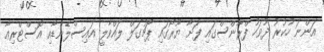
އަންނަ ހުކުރު ދުވަހު ފްރާންސްގައި ފަށާ ޔޫރޯގައި ޕޯޗުގަލް ލައްވާލީ އައިސްލެންޑާއި އޮސްޓްރިއާ